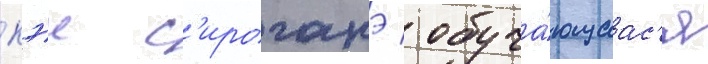
кэи с'ироганэ / обуча́ющаас'я